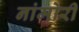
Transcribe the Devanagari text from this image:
नांमोरी